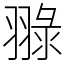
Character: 䎑